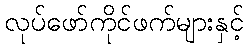
လုပ်ဖော်ကိုင်ဖက်များနှင့်